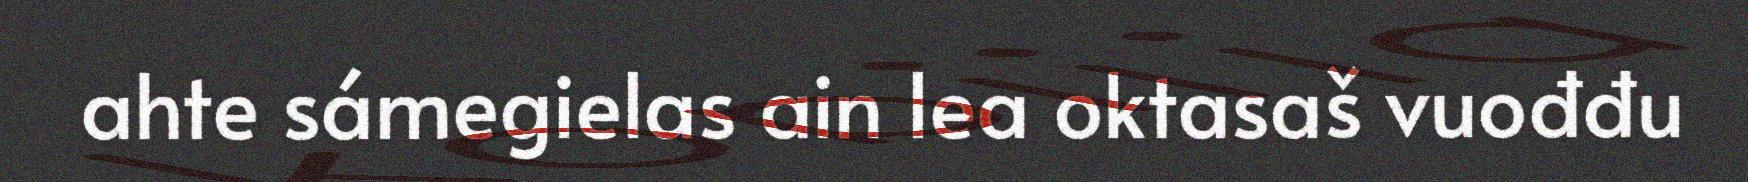
ahte sámegielas ain lea oktasaš vuođđu